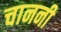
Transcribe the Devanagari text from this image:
चाननी